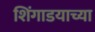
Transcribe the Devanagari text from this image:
शिंगाडयाच्या